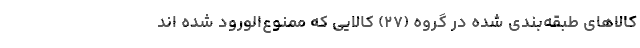
کالاهای طبقه‌بندی شده در گروه (۲۷) کالایی که ممنوع‌الورود شده اند